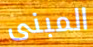
المبنى